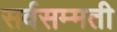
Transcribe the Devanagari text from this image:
सर्वसम्मती